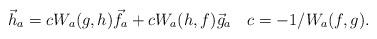
LaTeX: \begin{align*} \vec h_a=cW_a(g,h)\vec f_a+cW_a(h,f) \vec g_a \quad c=-1/W_a(f,g). \end{align*}